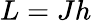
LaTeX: L=Jh